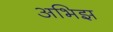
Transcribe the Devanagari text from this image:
अभिझ